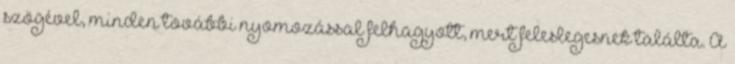
szögével, minden további nyomozással felhagyott, mert feleslegesnek találta. A